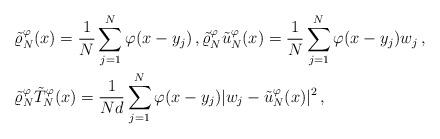
LaTeX: \begin{align*}& \tilde \varrho_N^\varphi(x) = \frac 1N \sum_{j=1}^N \varphi (x-y_j)\,, \tilde \varrho_N^\varphi \tilde u_N^\varphi(x) = \frac 1N \sum_{j=1}^N \varphi (x-y_j) w_j\,, \\ & \tilde \varrho_N^\varphi \tilde T_N^\varphi(x) = \frac 1{Nd} \sum_{j=1}^N \varphi (x-y_j) |w_j - \tilde u_N^\varphi(x)|^2 \,,\end{align*}